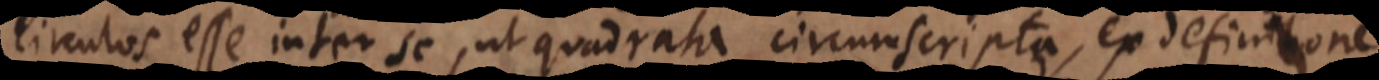
circulos esse inter se, ut quadrata circumscripta, ex definitione